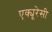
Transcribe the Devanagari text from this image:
एक्यूरेसी